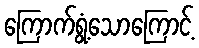
ကြောက်ရွံ့သောကြောင့်